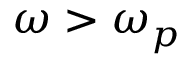
\omega > \omega _ { p }